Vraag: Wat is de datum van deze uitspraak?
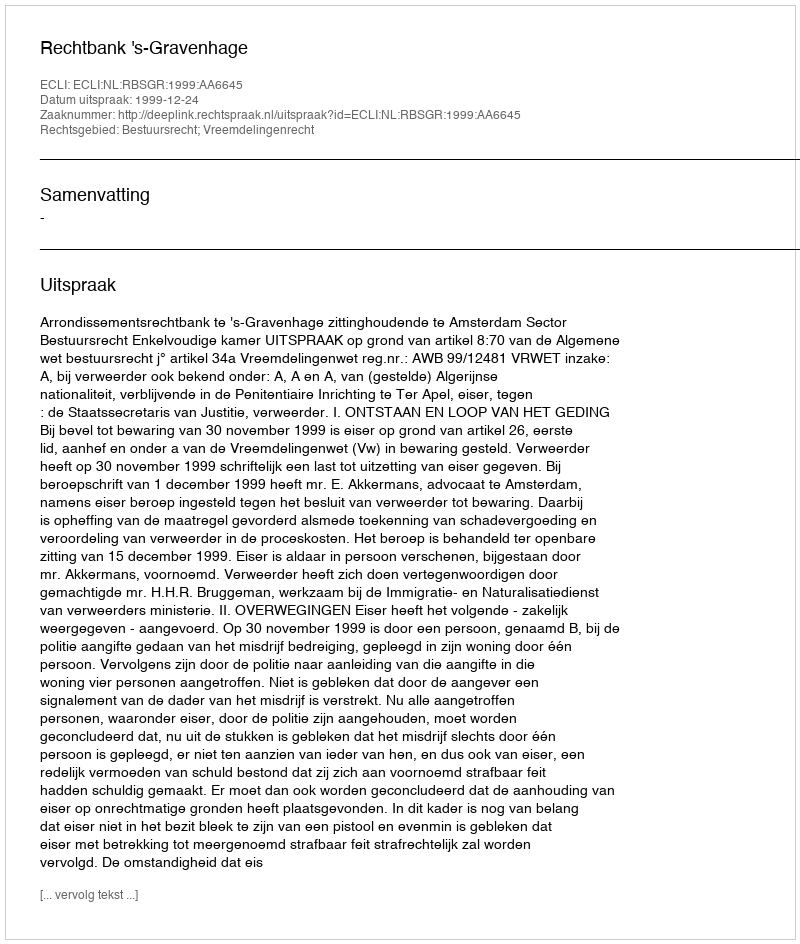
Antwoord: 1999-12-24